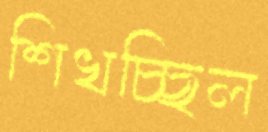
শিখচ্ছিল